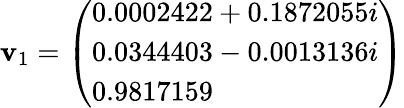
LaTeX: \mathbf{v}_{1}={\left(\begin{array}{l}{0.0002422+0.1872055i}\\ {0.0344403-0.0013136i}\\ {0.9817159}\end{array}\right)}